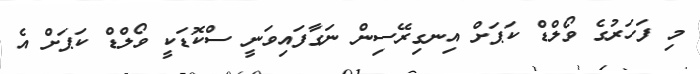
މި ފަހަރުގެ ވޯލްޑް ކަޕަށް އިނގިރޭސިން ނަގާފައިވަނީ ސްކޮޑަކީ ވޯލްޑް ކަޕަށް އެ